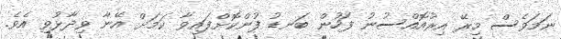
ނަމަވެސް މިރޭ އިރުއޮއްސުނު ފަހުން ބަނޑު ފުންކޮށްފައިވާ ކަމަށް އޭނާ ވިދާޅުވި އެވެ.